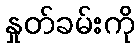
နှုတ်ခမ်းကို